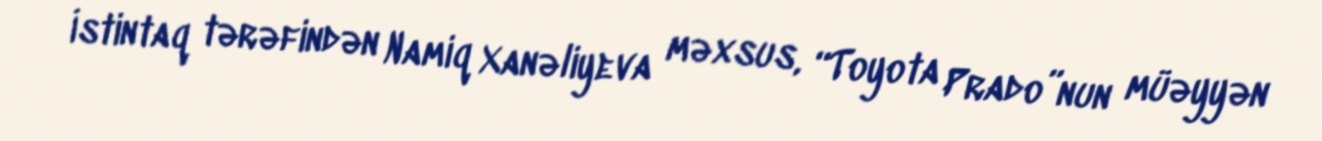
İstintaq tərəfindən Namiq Xanəliyeva məxsus, “Toyota Prado”nun müəyyən